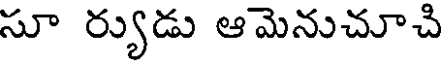
సూ ర్యుడు ఆమెనుచూచి